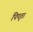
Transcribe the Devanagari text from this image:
पिपृतां